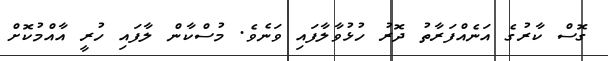
ގޮސް ކާރުގެ އަނެއްފަރާތު ދޮރު ހުޅުވާލާފައި ވަނެވެ. މުސްކާން ލާފައި ހުރީ އާއްމުކޮށް